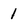
Character: 1